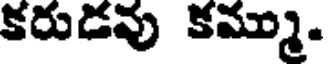
కరుడవు కమ్ము.